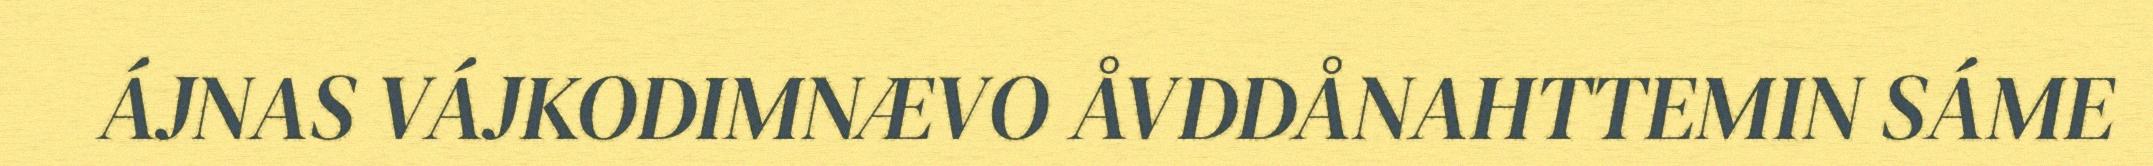
ÁJNAS VÁJKODIMNÆVO ÅVDDÅNAHTTEMIN SÁME